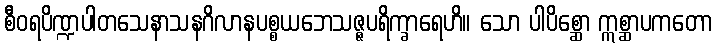
စီဝရပိဏ္ဍပါတသေနာသနဂိလာနပစ္စယဘေသဇ္ဇပရိက္ခာရေဟိ။ သော ပါပိစ္ဆော ဣစ္ဆာပကတော